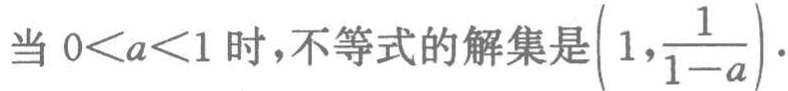
当 \(0 < a < 1\) 时，不等式的解集是\(\left(1,\frac{1}{1 - a}\right)\)